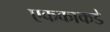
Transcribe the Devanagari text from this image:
एककाकडे